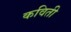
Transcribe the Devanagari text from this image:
कविती